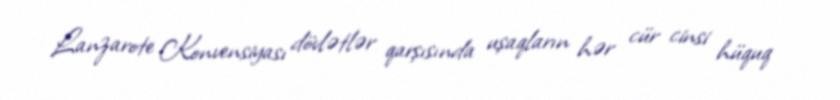
Lanzarote Konvensiyası dövlətlər qarşısında uşaqların hər cür cinsi hüquq